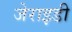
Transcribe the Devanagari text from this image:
जेराइडी